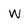
Character: w